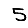
Digit: 5